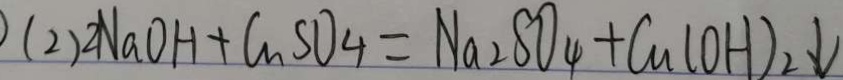
( 2 ) 2 N a O H + C u S O _ { 4 } = N a _ { 2 } S O _ { 4 } + C u ( O H ) _ { 2 } \downarrow